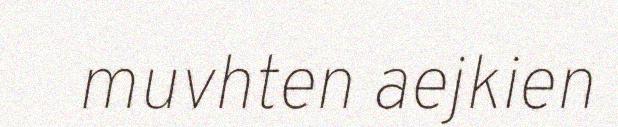
muvhten aejkien